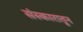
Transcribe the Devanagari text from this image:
संस्कारातून